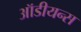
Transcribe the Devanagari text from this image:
ऑडीयन्स